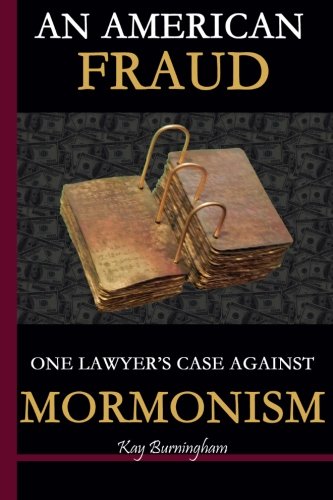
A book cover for An American Fraud: One Lawyer's Case against Mormonism; Kay Burningham; Religion & Spirituality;